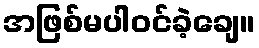
အဖြစ်မပါဝင်ခဲ့ချေ။